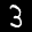
Label: 3